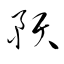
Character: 預